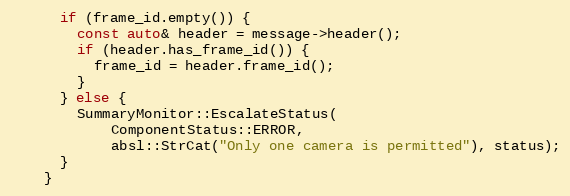
Language: C++
      if (frame_id.empty()) {
        const auto& header = message->header();
        if (header.has_frame_id()) {
          frame_id = header.frame_id();
        }
      } else {
        SummaryMonitor::EscalateStatus(
            ComponentStatus::ERROR,
            absl::StrCat("Only one camera is permitted"), status);
      }
    }